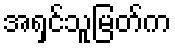
အရှင်သူမြတ်က